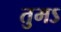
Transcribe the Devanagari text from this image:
तुमऽ